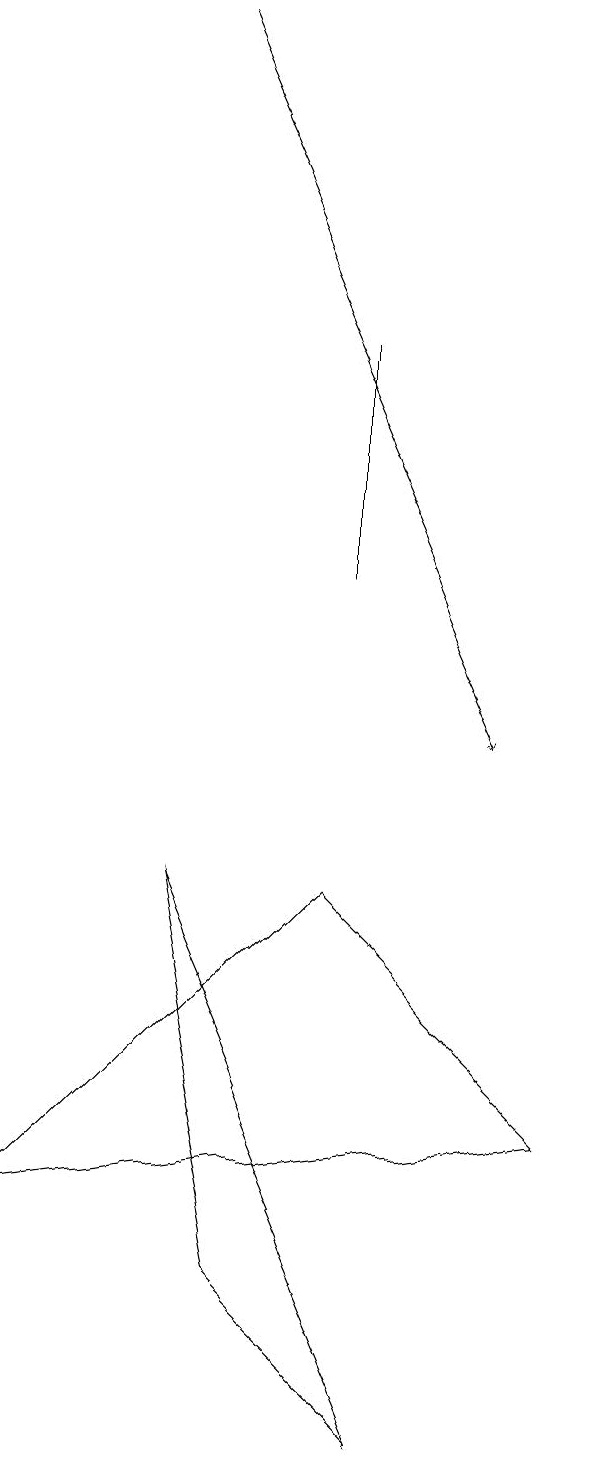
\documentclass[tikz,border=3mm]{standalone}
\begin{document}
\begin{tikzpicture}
\draw (4,12) rectangle (4,15);
\draw (3,3) -- (2,8) -- (5,1) -- cycle;
\draw[->] (2,19) -- (6,10);
\draw (0,4) -- (4,8) -- (7,5) -- cycle;
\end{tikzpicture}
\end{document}